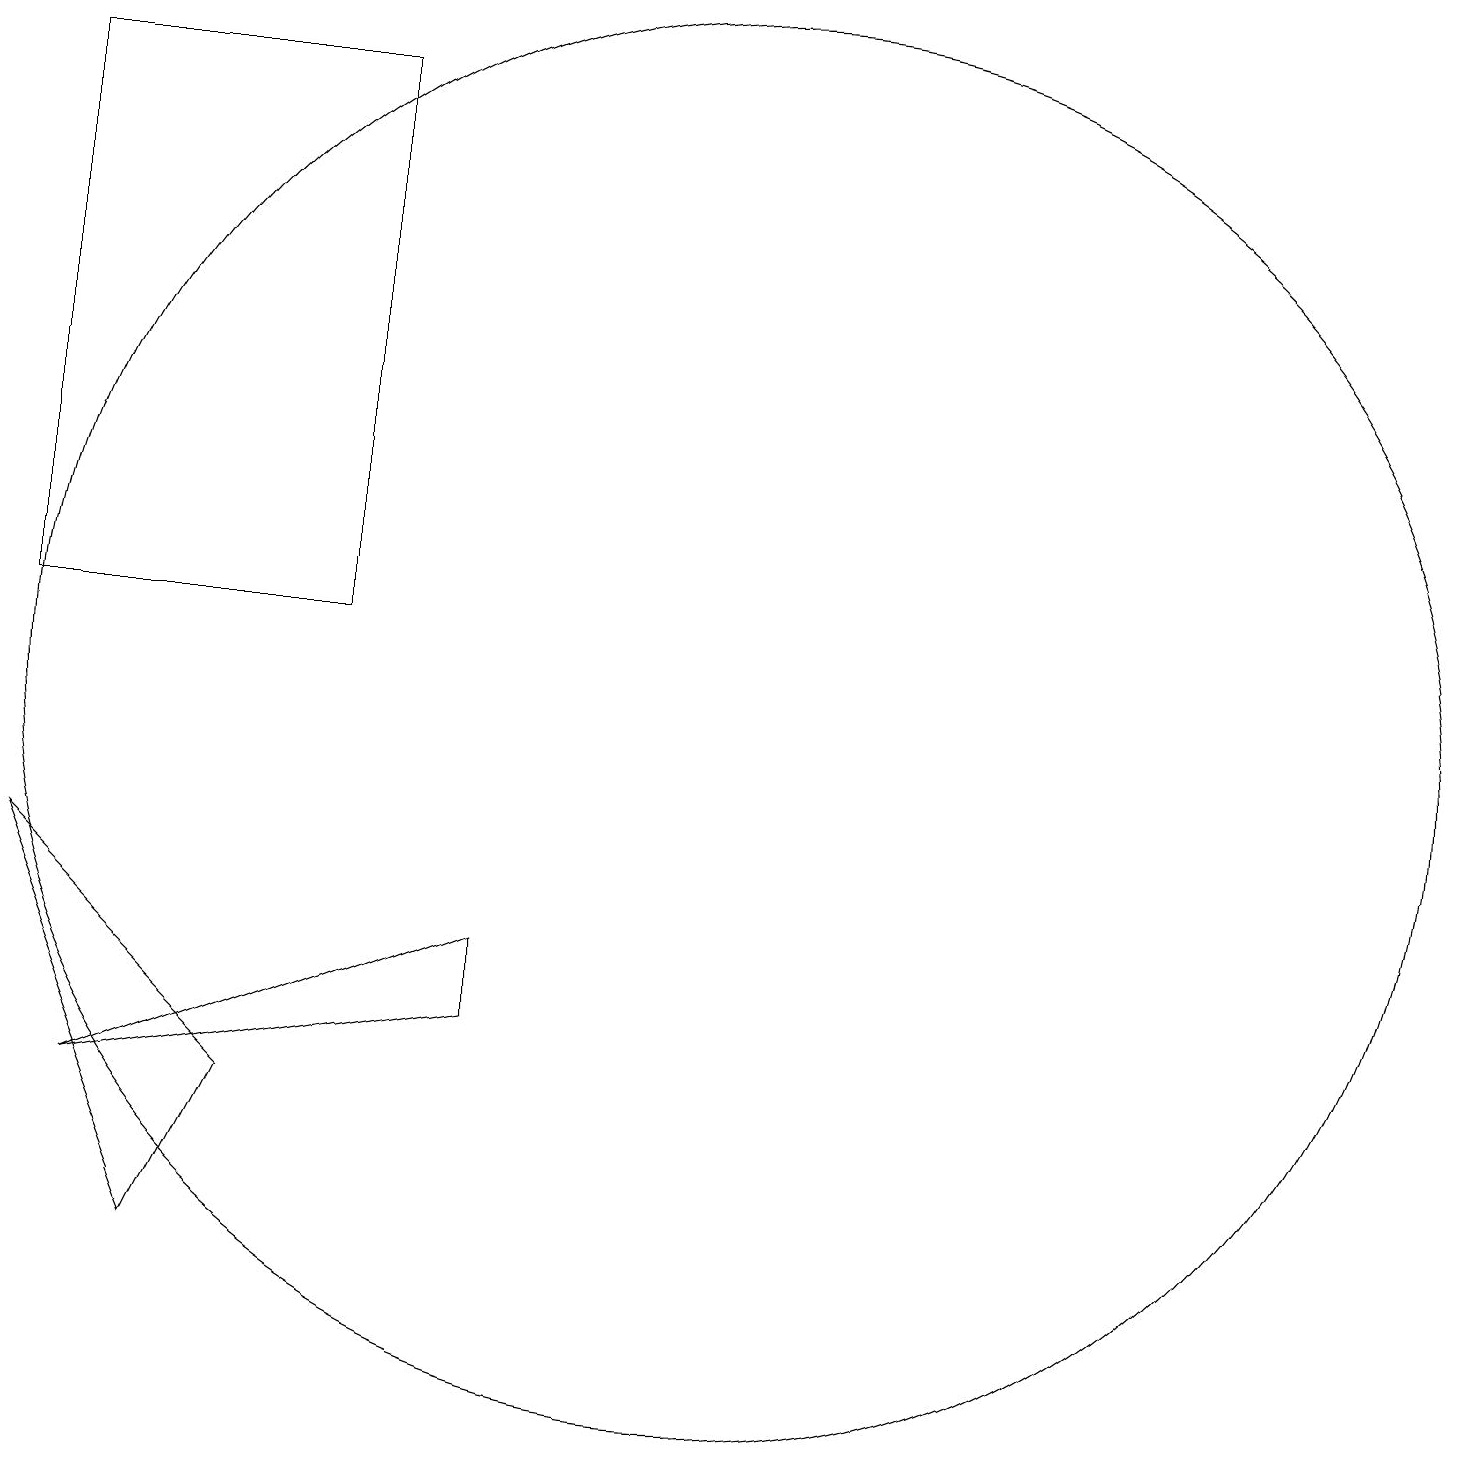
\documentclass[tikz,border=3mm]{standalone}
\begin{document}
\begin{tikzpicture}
\draw (7,8) -- (2,6) -- (7,7) -- cycle;
\draw (1,19) rectangle (5,12);
\draw (10,11) circle (9);
\draw (3,4) -- (1,9) -- (4,6) -- cycle;
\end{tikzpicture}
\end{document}